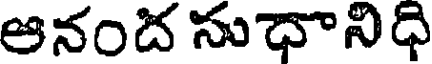
ఆనంద సుధానిధి